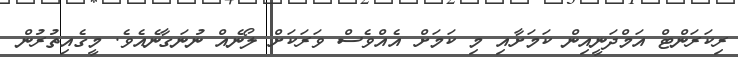
ރިކަރަންޓް އަމްދަނީއިން ކަމަށާއި މި ކަމަށް އެއްވެސް ވަރަކަށް ލޯނެއް ނުނަގާނެއެވެ. މީގެއިތުރުން